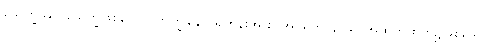
သေက္ခဿ၊ သေက္ခဖြစ်သော။ ဘိက္ခုနော၊ ရဟန်းအား။ အပရိဟာနာယ၊ အထက်ထက်၌ဖြစ်သော